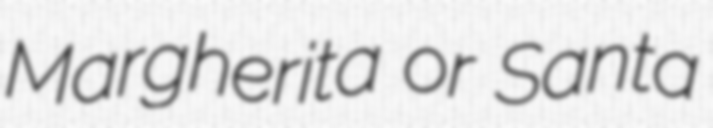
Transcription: Margherita or Santa